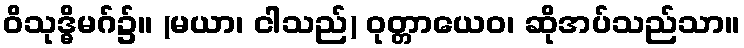
ဝိသုဒ္ဓိမဂ်၌။ (မယာ၊ ငါသည်) ဝုတ္တာယေဝ၊ ဆိုအပ်သည်သာ။